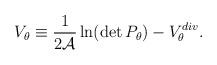
LaTeX: \begin{align*}V_\theta \equiv {1\over 2{\cal A}} \,{\ln}(\det P_\theta) - V_\theta^{div}.\end{align*}